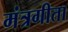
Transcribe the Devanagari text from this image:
मंत्रगीता